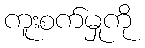
ကူးစက်မှုကို